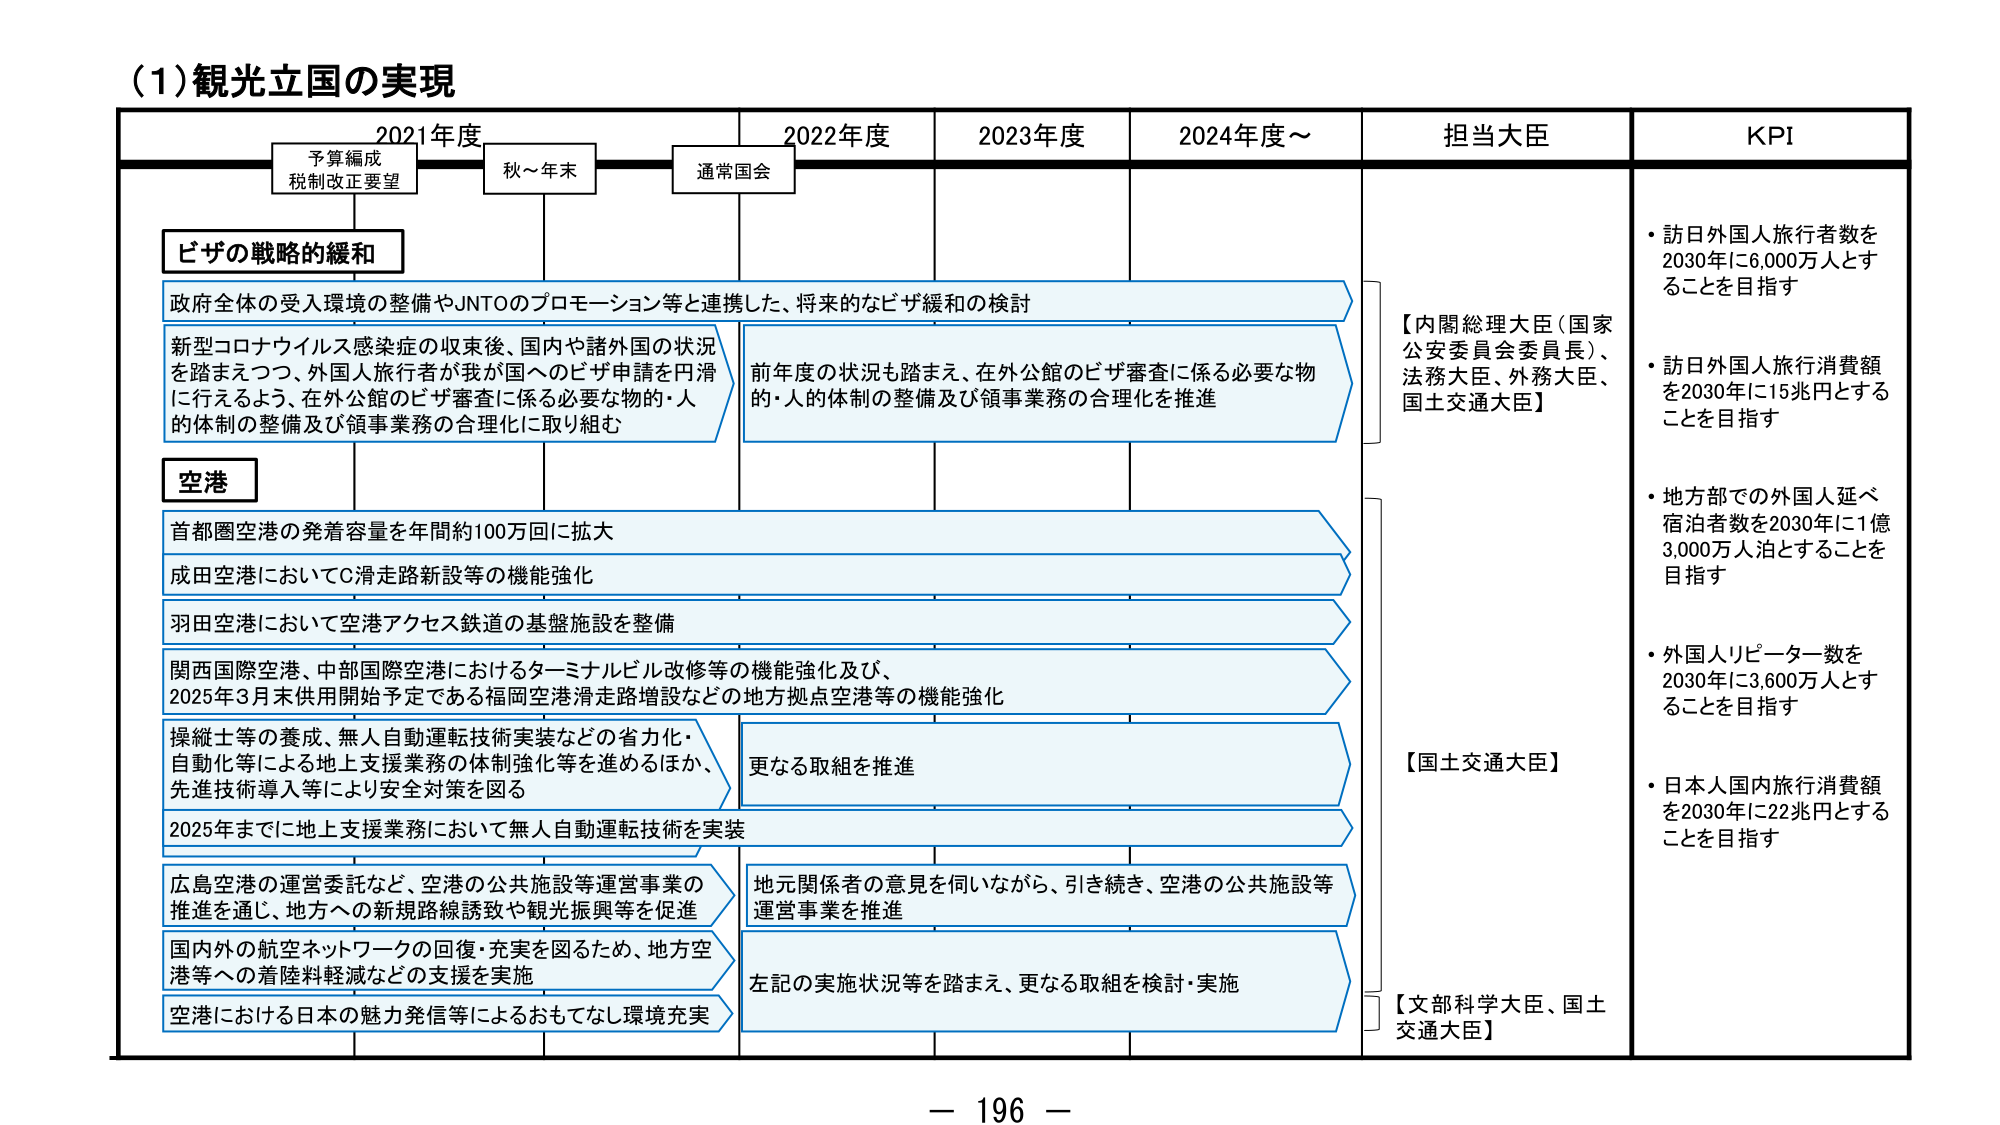
(1) 観光立国の実現

2021年度　　　　　　2022年度　　　　　　2023年度　　　　　　2024年度～

予算編成
税制改正要望　　　　　秋～年末　　　　　　通常国会

ビザの戦略的緩和
政府全体の受入環境の整備やJNTOのプロモーション等と連携した、将来的なビザ緩和の検討

新型コロナウイルス感染症の収束後、国内や諸外国の状況
を踏まえつつ、外国人旅行者が我が国へのビザ申請を円滑
に行えるよう、在外公館のビザ審査に係る必要な物的・人
的体制の整備及び領事業務の合理化に取り組む

前年度の状況も踏まえ、在外公館のビザ審査に係る必要な物
的・人的体制の整備及び領事業務の合理化を推進

空港
首都圏空港の発着容量を年間約100万回に拡大
成田空港においてC滑走路新設等の機能強化
羽田空港において空港アクセス鉄道の基盤施設を整備
関西国際空港、中部国際空港におけるターミナルビル改修等の機能強化及び、
2025年3月末供用開始予定である福岡空港滑走路増設などの地方拠点空港等の機能強化

操縦士等の養成、無人自動運転技術実装などの省力化・
自動化等による地上支援業務の体制強化等を進めるほか、
先進技術導入等により安全対策を図る

更なる取組を推進

2025年までに地上支援業務において無人自動運転技術を実装

広島空港の運営委託など、空港の公共施設等運営事業の
推進を通じ、地方への新規路線誘致や観光振興等を促進

地元関係者の意見を伺いながら、引き続き、空港の公共施設等
運営事業を推進

国内外の航空ネットワークの回復・充実を図るため、地方空
港等への着陸料軽減などの支援を実施

左記の実施状況等を踏まえ、更なる取組を検討・実施

空港における日本の魅力発信等によるおもてなし環境充実

担当大臣
【内閣総理大臣（国家公安委員会委員長）、法務大臣、外務大臣、国土交通大臣】
【国土交通大臣】
【文部科学大臣、国土交通大臣】

KPI
・訪日外国人旅行者数を2030年に6,000万人とすることを目指す
・訪日外国人旅行消費額を2030年に15兆円とすることを目指す
・地方部での外国人延べ宿泊者数を2030年に1億3,000万人泊とすることを目指す
・外国人リピーター数を2030年に3,600万人とすることを目指す
・日本人国内旅行消費額を2030年に22兆円とすることを目指す

－ 196 －